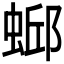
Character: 𫋄